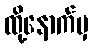
ထို့နောက်မှ